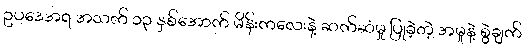
ဥပဒေအရ အသက် ၁၃ နှစ်အောက် မိန်းကလေးနဲ့ ဆက်ဆံမှု ပြုခဲ့တဲ့ အမှုနဲ့ စွဲချက်